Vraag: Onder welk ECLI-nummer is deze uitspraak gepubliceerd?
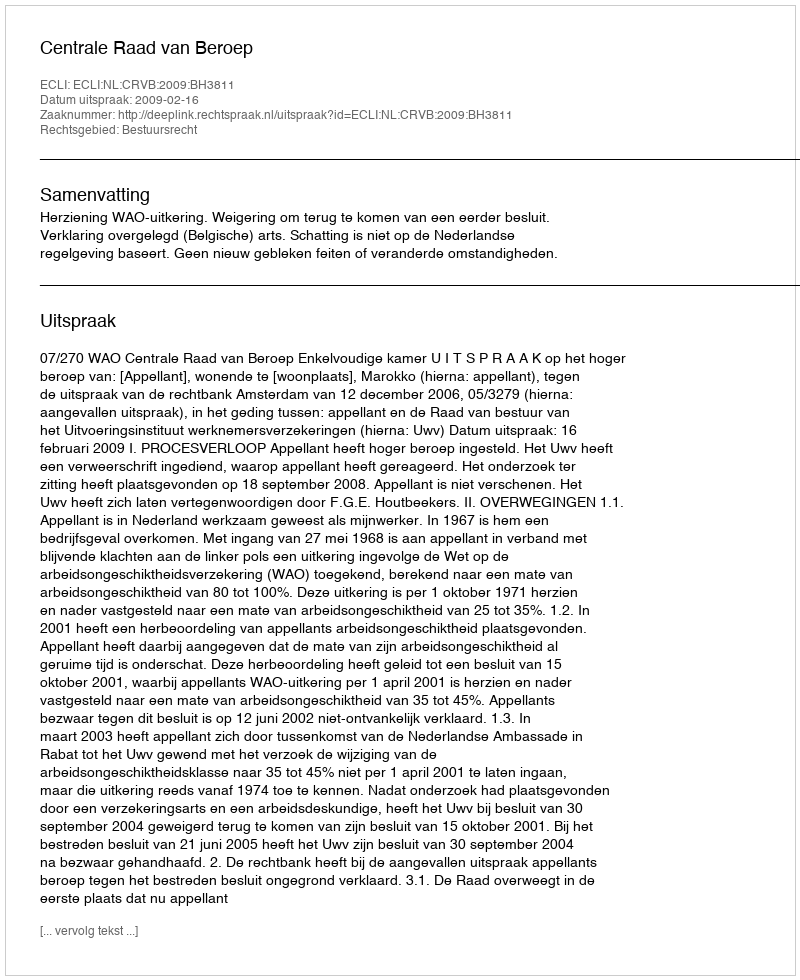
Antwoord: ECLI:NL:CRVB:2009:BH3811